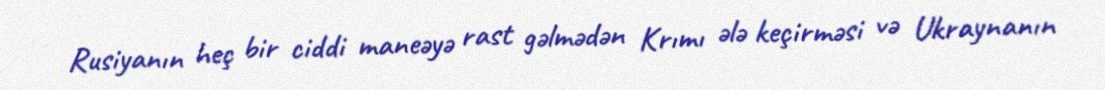
Rusiyanın heç bir ciddi maneəyə rast gəlmədən Krımı ələ keçirməsi və Ukraynanın